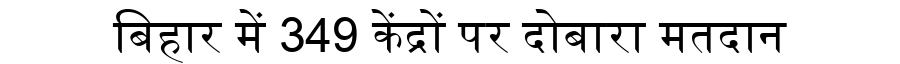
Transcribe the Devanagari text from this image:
बिहार में 349 केंद्रों पर दोबारा मतदान